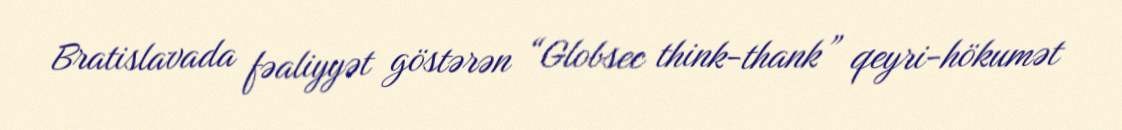
Bratislavada fəaliyyət göstərən “Globsec think-thank” qeyri-hökumət